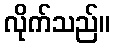
လိုက်သည်။